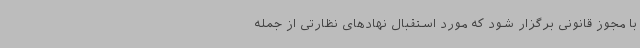
با مجوز قانونی برگزار شود که مورد استقبال نهادهای نظارتی از جمله